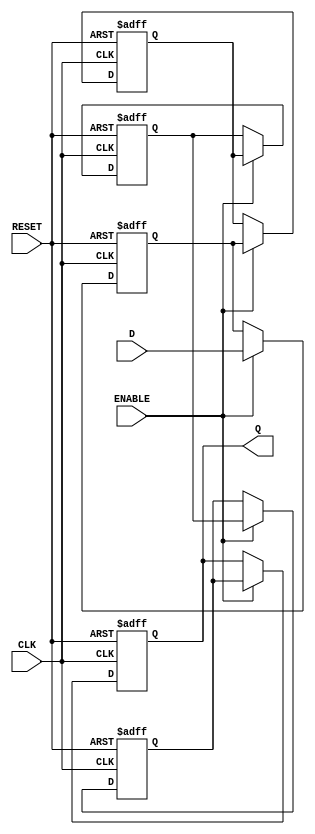
module multistage_register #(
    parameter N = 4,          // Number of stages (flip-flops)
    parameter WIDTH = 8       // Width of data input/output
) (
    input wire               CLK,    // Clock signal
    input wire               RESET,  // Asynchronous reset signal
    input wire               ENABLE, // Enable signal
    input wire [WIDTH-1:0]  D,      // Data input
    output reg [WIDTH-1:0]   Q       // Data output from the last stage
);

    // Declare a register array to hold the states of the flip-flops
    reg [WIDTH-1:0] registers [0:N-1];

    integer i;

    always @(posedge CLK or posedge RESET) begin
        if (RESET) begin
            // Asynchronous reset: Set all registers to zero
            for (i = 0; i < N; i = i + 1) begin
                registers[i] <= {WIDTH{1'b0}};
            end
            Q <= {WIDTH{1'b0}}; // Clear output
        end else if (ENABLE) begin
            // Shift data through the stages
            registers[0] <= D; // Load input into the first stage
            for (i = 1; i < N; i = i + 1) begin
                registers[i] <= registers[i - 1]; // Propagate data through the stages
            end
            // The output is the last stage
            Q <= registers[N - 1];
        end
    end

endmodule